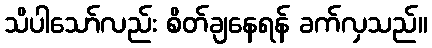
သိပါသော်လည်း စိတ်ချနေရန် ခက်လှသည်။